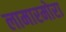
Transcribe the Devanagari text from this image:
लामारमोरा